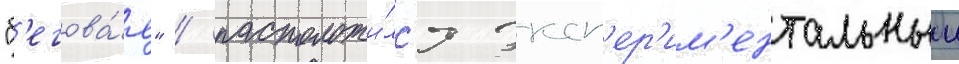
"б'егова́я" / расположи́лс'я эксп'ер'им'ентальныи